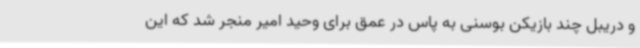
و دریبل چند بازیکن بوسنی به پاس در عمق برای وحید امیر منجر شد که این